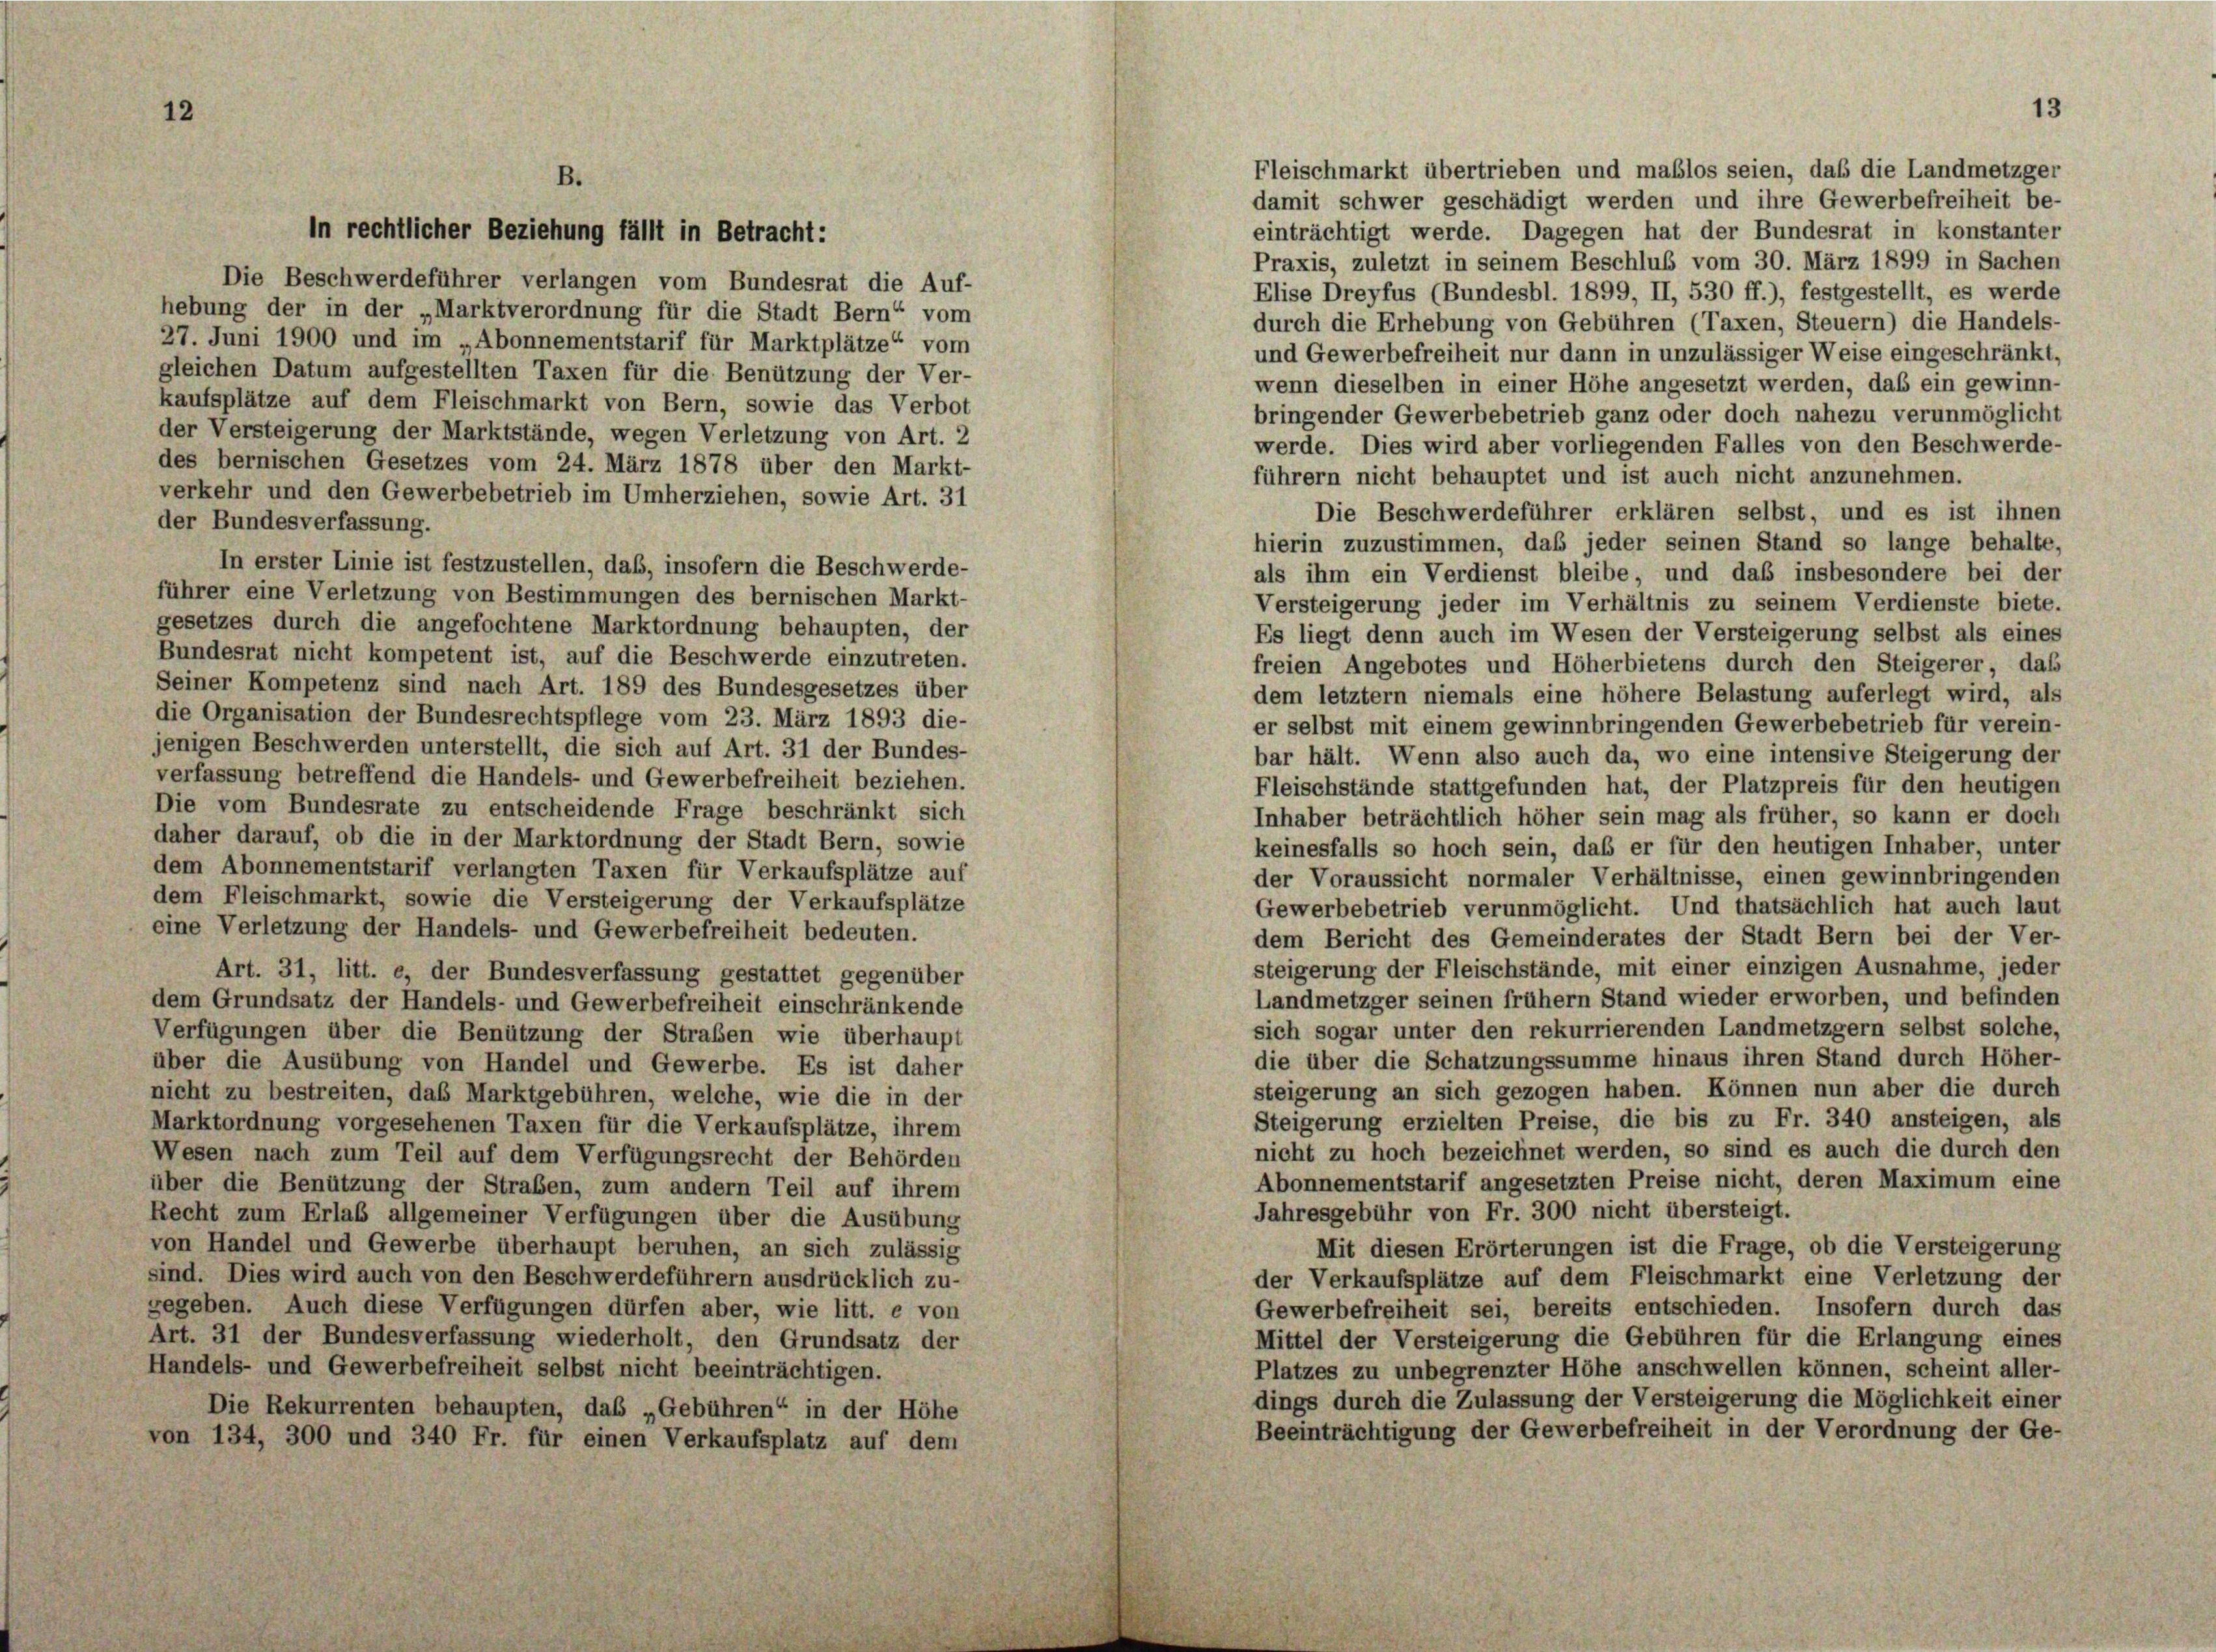
in rechtlicher Beziehung fällt in Betracht:

hebung der in der „Marktverordnung für die Stadt Bern“ vom
27. Juni 1900 und im „Abonnementstarif für Marktplätze“ vom
gleichen Datum aufgestellten Taxen für die Benützung der Ver-
kaufsplätze auf dem Fleischmarkt von Bern, sowie das Verbot
der Versteigerung der Marktstände, wegen Verletzung von Art. 2
des bernischen Gesetzes vom 24. März 1878 über den Markt-
verkehr und den Gewerbebetrieb im Umherziehen, sowie Art. 31
der Bundesverfassung.
In erster Linie ist festzustellen, daß, insofern die Beschwerde-
führer eine Verletzung von Bestimmungen des bernischen Markt-
gesetzes durch die angefochtene Marktordnung behaupten, der
Bundesrat nicht kompetent ist, auf die Beschwerde einzutreten.
Seiner Kompetenz sind nach Art. 189 des Bundesgesetzes über
die Organisation der Bundesrechtspflege vom 23. März 1893 die-
jenigen Beschwerden unterstellt, die sich auf Art. 31 der Bundes-
verfassung betreffend die Handels- und Gewerbefreiheit beziehen.
Die vom Bundesrate zu entscheidende Frage beschränkt sich
daher darauf, ob die in der Marktordnung der Stadt Bern, sowie
dem Abonnementstarif verlangten Taxen für Verkaufsplätze auf
dem Fleischmarkt, sowie die Versteigerung der Verkaufsplätze
eine Verletzung der Handels- und Gewerbefreiheit bedeuten.
Art. 31, litt. e, der Bundesverfassung gestattet gegenüber
dem Grundsatz der Handels- und Gewerbefreiheit einschränkende
Verfügungen über die Benützung der Straßen wie überhaupt
über die Ausübung von Handel und Gewerbe. Es ist daher
nicht zu bestreiten, das Marktgebühren, welche, wie die in der
Marktordnung vorgesehenen Taxen für die Verkaufsplätze, ihrem
Wesen nach zum Teil auf dem Verfügungsrecht der Behörden
über die Benützung der Straßen, zum andern Teil auf ihrem
Recht zum Erlab allgemeiner Verfügungen über die Ausübung
von Handel und Gewerbe überhaupt beruhen, an sich zulässig
sind. Dies wird auch von den Beschwerdeführern ausdrücklich zu-
gegeben. Auch diese Verfügungen dürfen aber, wie litt. e von
Art. 31 der Bundesverfassung wiederholt, den Grundsatz der
Handels- und Gewerbefreiheit selbst nicht beeinträchtigen.
Die Rekurrenten behaupten, das „Gebühren“ in der Höhe
von 134, 300 und 340 Fr. für einen Verkaufsplatz auf dem

Die Beschwerdeführer verlangen vom Bundesrat die Auf-

einträchtigt werde. Dagegen hat der Bundesrat in konstanter
Praxis, zuletzt in seinem Beschluß vom 30. März 1899 in Sachen
Elise Dreyfus (Bundesbl. 1899, II, 530 ff.), festgestellt, es werde
durch die Erhebung von Gebühren (Taxen, Steuern) die Handels-
und Gewerbefreiheit nur dann in unzulässiger Weise eingeschränkt,
wenn dieselben in einer Höhe angesetzt werden, daß ein gewinn-
bringender Gewerbebetrieb ganz oder doch nahezu verunmöglicht
werde. Dies wird aber vorliegenden Falles von den Beschwerde-
führern nicht behauptet und ist auch nicht anzunehmen.
Die Beschwerdeführer erklären selbst, und es ist ihnen
hierin zuzustimmen, daß jeder seinen Stand so lange behalte,
als ihm ein Verdienst bleibe, und daß insbesondere bei der
Versteigerung jeder im Verhältnis zu seinem Verdienste biete.
Es liegt denn auch im Wesen der Versteigerung selbst als eines
freien Angebotes und Höherbietens durch den Steigerer, daß
dem letztem niemals eine höhere Belastung auferlegt wird, als
er selbst mit einem gewinnbringenden Gewerbebetrieb für verein-
bar hält. Wenn also auch da, wo eine intensive Steigerung der
Fleischstände stattgefunden hat, der Platzpreis für den heutigen
Inhaber beträchtlich höher sein mag als früher, so kann er doch
keinesfalls so hoch sein, daß er für den heutigen Inhaber, unter
der Voraussicht normaler Verhältnisse, einen gewinnbringenden
Gewerbebetrieb verunmöglicht. Und thatsächlich hat auch laut
dem Bericht des Gemeinderates der Stadt Bern bei der Ver-
steigerung der Fleischstände, mit einer einzigen Ausnahme, jeder
Landmetzger seinen frühem Stand wieder erworben, und befinden
sich sogar unter den rekurrierenden Landmetzgern selbst solche,
die über die Schatzungssumme hinaus ihren Stand durch Höher-
steigerung an sich gezogen haben. Können nun aber die durch
Steigerung erzielten Preise, die bis zu Fr. 340 ansteigen, als
nicht zu hoch bezeichnet werden, so sind es auch die durch den
Abonnementstarif angesetzten Preise nicht, deren Maximum eine
Jahresgebühr von Fr. 300 nicht übersteigt.
Mit diesen Erörterungen ist die Frage, ob die Versteigerung
der Verkaufsplätze auf dem Fleischmarkt eine Verletzung der
Gewerbefreiheit sei, bereits entschieden. Insofern durch das
Mittel der Versteigerung die Gebühren für die Erlangung eines
Platzes zu unbegrenzter Höhe anschwellen können, scheint aller-
dings durch die Zulassung der Versteigerung die Möglichkeit einer
Beeinträchtigung der Gewerbefreiheit in der Verordnung der Ge-

Fleischmarkt übertrieben und maßlos seien, daß die Landmetzger
damit schwer geschädigt werden und ihre Gewerbefreiheit be-